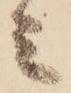
ミ